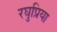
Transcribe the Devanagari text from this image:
रघुप्रिया